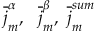
{ \overline { { j } } } _ { m } ^ { \alpha } , \ \ { \overline { { j } } } _ { m } ^ { \beta } , \ { \overline { { j } } } _ { m } ^ { s u m }